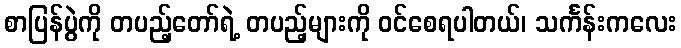
စာပြန်ပွဲကို တပည့်တော်ရဲ့ တပည့်များကို ဝင်စေရပါတယ်၊ သင်္ကန်းကလေး